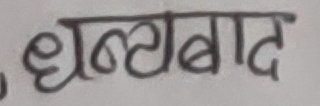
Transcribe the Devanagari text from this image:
धन्यवाद